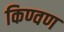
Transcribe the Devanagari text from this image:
किण्वण